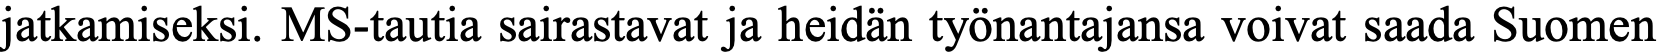
jatkamiseksi. MS-tautia sairastavat ja heidän työnantajansa voivat saada Suomen